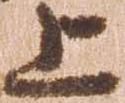
上